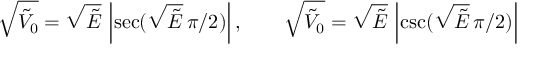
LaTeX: { \sqrt { { \tilde { V } } _ { 0 } } } = { \sqrt { \tilde { E } } } \, \left| { \sec ( { \sqrt { \tilde { E } } } \, { \pi } / { 2 } ) } \right| , \qquad { \sqrt { { \tilde { V } } _ { 0 } } } = { \sqrt { \tilde { E } } } \, \left| { \csc ( { \sqrt { \tilde { E } } } \, { \pi } / { 2 } ) } \right|